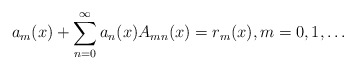
\begin{align*}a_{m}(x)+\sum_{n=0}^{\infty}a_{n}(x)A_{mn}(x)=r_{m}(x),m=0,1,\ldots\end{align*}